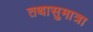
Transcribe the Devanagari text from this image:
तथासुमात्रा